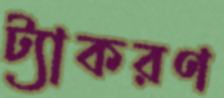
ট্যাকরণ